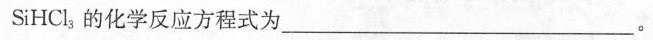
SiHCl_{3}的化学反应方程式为___。